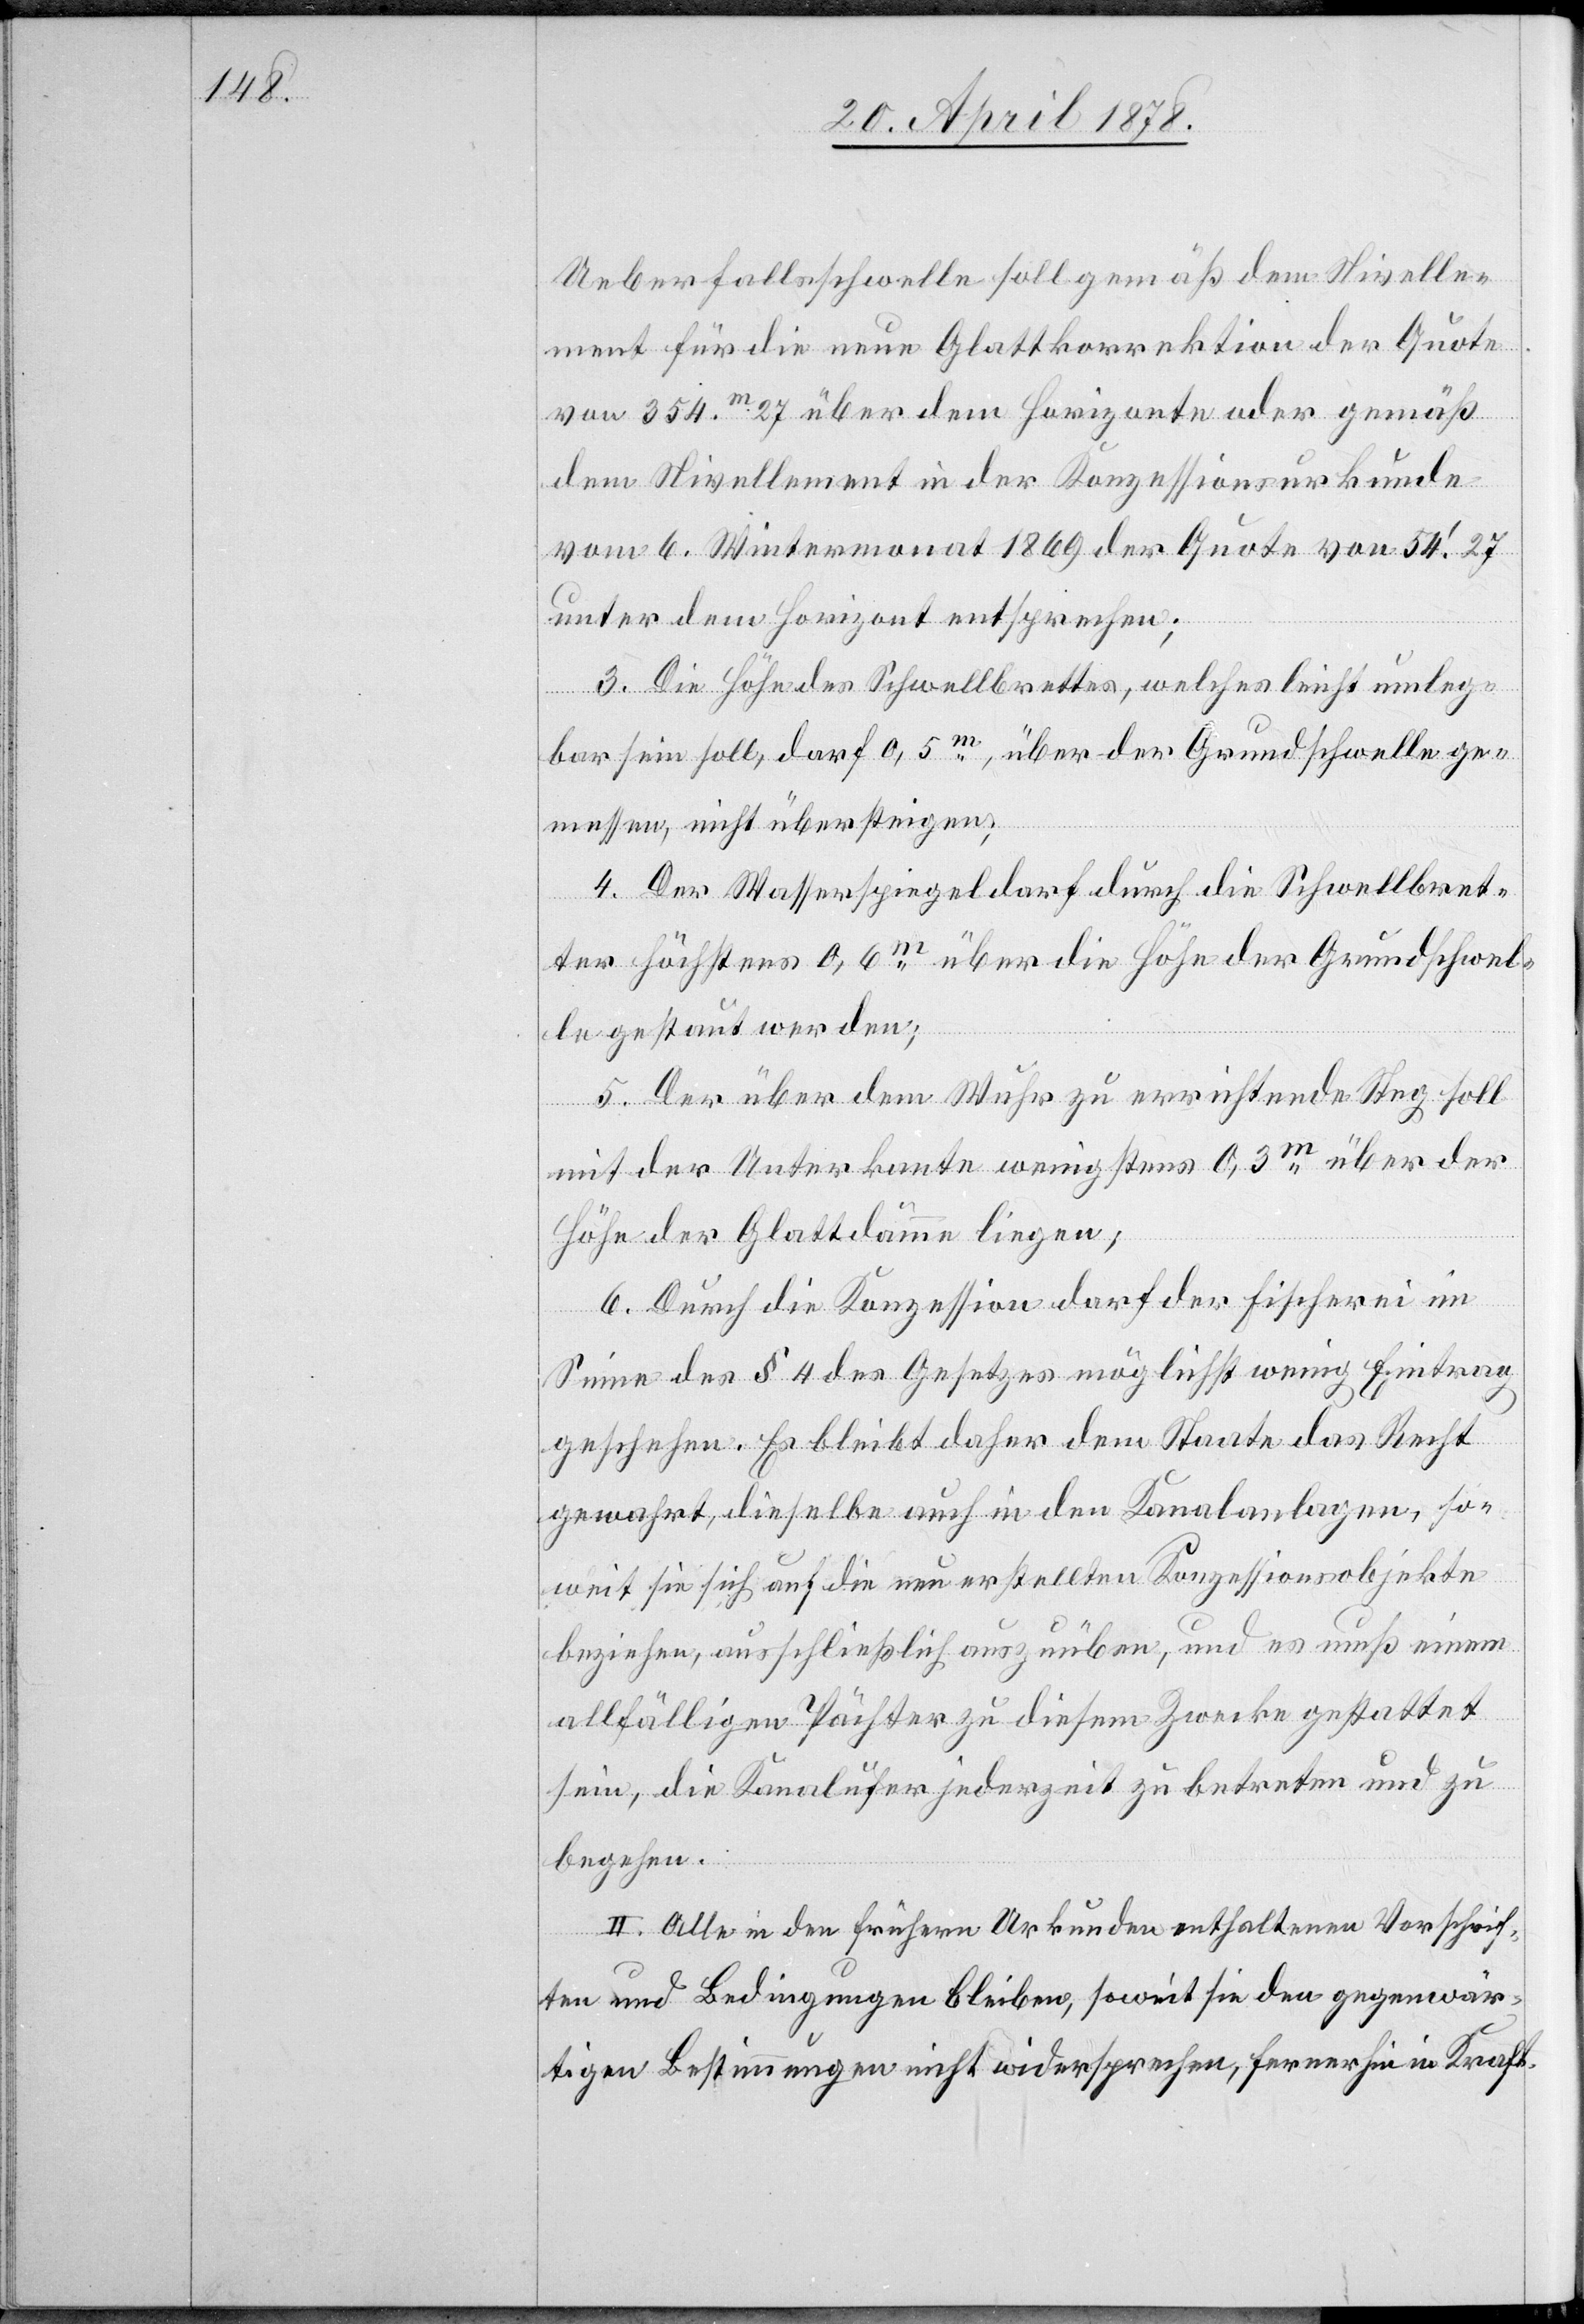
Ueberfallsschwelle soll gemäß dem Nivelle¬
ment für die neue Glattkorrektion der Quote
von 354m 27 über dem Horizonte oder gemäß
dem Nivellement in der Konzessionsurkunde
vom 6. Wintermonat 1869 der Quote von 54’. 27
unter dem Horizont entsprechen;
3. Die Höhe des Schwellbrettes, welches leicht umleg¬
bar sein soll, darf 0,5m, über der Grundschwelle ge¬
messen, nicht übersteigen;
4. Der Wasserspiegel darf durch die Schwellbret¬
ter höchstens 0,6m über die Höhe der Grundschwel¬
le gestaut werden;
5. Der über dem Wuhr zu errichtende Steg soll
mit der Unterkante wenigstens 0,3m über der
Höhe der Glattdämme liegen;
6. Durch die Konzession darf der Fischerei im
Sinne des § 4 des Gesetzes möglichst wenig Eintrag
geschehen. Es bleibt daher dem Staate das Recht
gewahrt, dieselbe auch in den Kanalanlagen, so¬
weit sie sich auf die neu erstellten Konzessionsobjekte
beziehen, ausschließlich auszuüben, und es muß einem
allfälligen Pächter zu diesem Zwecke gestattet
sein, die Kanalufer jederzeit zu betreten und zu
begehen.
II. Alle in den frühern Urkunden enthaltenen Vorschrif¬
ten und Bedingungen bleiben, soweit sie den gegenwär¬
tigen Bestimmungen nicht widersprechen, fernerhin in Kraft.